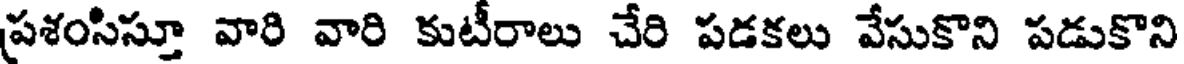
ప్రశంసిస్తూ వారి వారి కుటీరాలు చేరి పడకలు వేసుకొని పడుకొని